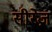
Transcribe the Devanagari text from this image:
सीरेज़